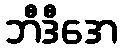
ဘီဒီအေ